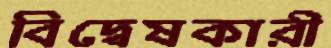
বিদ্বেষকারী